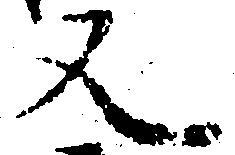
又